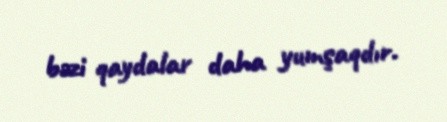
bəzi qaydalar daha yumşaqdır.